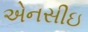
એનસીઇ